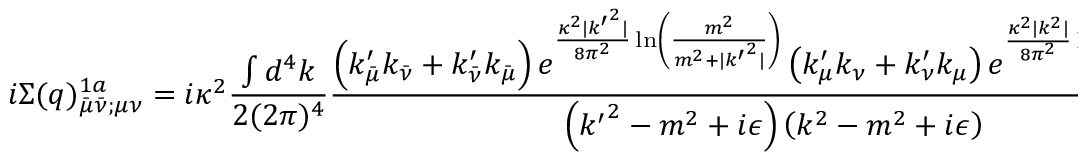
i \Sigma ( q ) _ { \bar { \mu } \bar { \nu } ; \mu \nu } ^ { 1 a } = i \kappa ^ { 2 } \frac { \int d ^ { 4 } k } { 2 ( 2 \pi ) ^ { 4 } } \frac { \left( k _ { \bar { \mu } } ^ { \prime } k _ { \bar { \nu } } + k _ { \bar { \nu } } ^ { \prime } k _ { \bar { \mu } } \right) e ^ { \frac { \kappa ^ { 2 } | { k ^ { \prime } } ^ { 2 } | } { 8 \pi ^ { 2 } } \ln \left( \frac { m ^ { 2 } } { m ^ { 2 } + | { k ^ { \prime } } ^ { 2 } | } \right) } \left( k _ { \mu } ^ { \prime } k _ { \nu } + k _ { \nu } ^ { \prime } k _ { \mu } \right) e ^ { \frac { \kappa ^ { 2 } | k ^ { 2 } | } { 8 \pi ^ { 2 } } \ln \left( \frac { m ^ { 2 } } { m ^ { 2 } + | k ^ { 2 } | } \right) } } { \left( { k ^ { \prime } } ^ { 2 } - m ^ { 2 } + i \epsilon \right) \left( k ^ { 2 } - m ^ { 2 } + i \epsilon \right) } .